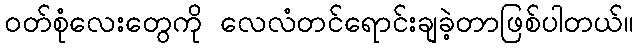
ဝတ်စုံလေးတွေကို လေလံတင်ရောင်းချခဲ့တာဖြစ်ပါတယ်။